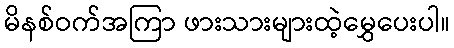
မိနစ်ဝက်အကြာ ဖားသားများထဲ့မွှေပေးပါ။